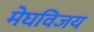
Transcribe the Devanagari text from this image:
मेघविजय